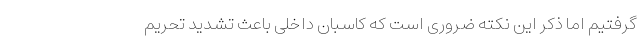
گرفتیم اما ذکر این نکته ضروری است که کاسبان داخلی باعث تشدید تحریم